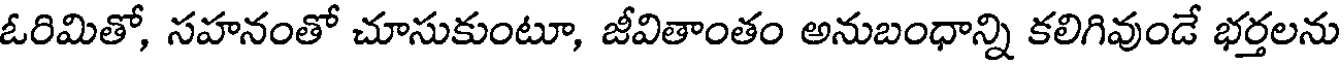
ఓరిమితో, సహనంతో చూసుకుంటూ, జీవితాంతం అనుబంధాన్ని కలిగివుండే భర్తలను